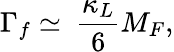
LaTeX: \Gamma_{f}\simeq~\frac{\kappa_{L}}{6}M_{F},